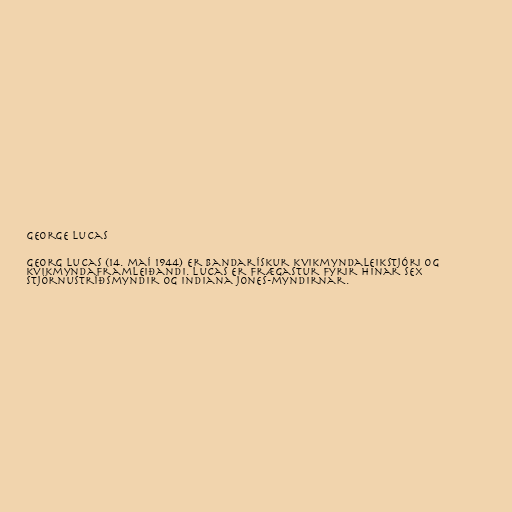
George Lucas

Georg Lucas (14. maí 1944) er bandarískur kvikmyndaleikstjóri og
kvikmyndaframleiðandi. Lucas er frægastur fyrir hinar sex
Stjörnustríðsmyndir og Indiana Jones-myndirnar.